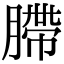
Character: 䐭